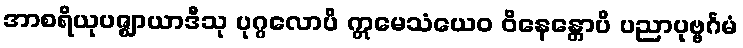
အာစရိယုပဇ္ဈာယာဒီသု ပုဂ္ဂလောပိ ဣမေသံယေဝ ဝိနေန္တောပိ ပညာပုဗ္ဗင်္ဂမံ